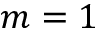
m = 1